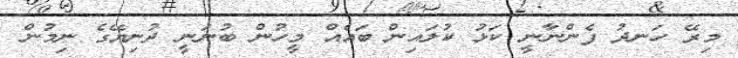
މިރޭ ހަނދު ފެންނާނީ ކަޅު ކުލައިން ބައެއް މީހުން ބުނަނީ ދުނިޔޭގެ ނިމުން